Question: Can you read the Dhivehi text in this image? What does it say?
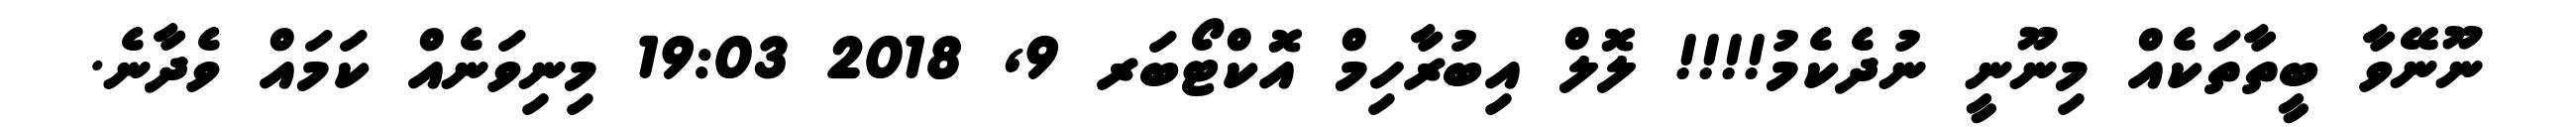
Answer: ނޫނޭވާ ބީތާތަކެއް މިނޫނީ ނުދެކެމު!!!! ލޮލް އިބުރާހިމް އޮކްޓޯބަރ 9, 2018 19:03 މިނިވަނެއް ކަމައް ވެދާނެ.